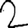
Digit: 2